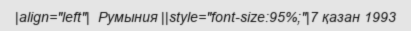
|align="left"|  Румыния ||style="font-size:95%;"|7 қазан 1993